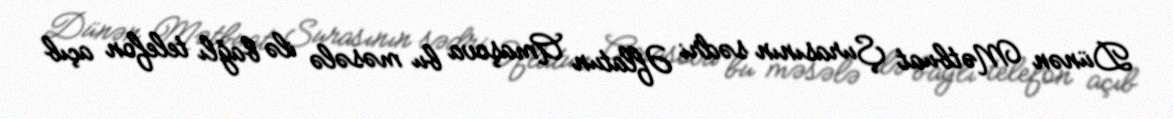
Dünən Mətbuat Şurasının sədri Əflatun Amaşova bu məsələ ilə bağlı telefon açıb